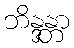
ဘိန္ဒန္တာ